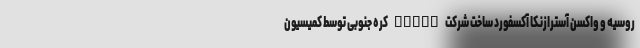
روسیه و واکسن آسترازنکا آکسفورد ساخت شرکت SKBio کره جنوبی توسط کمیسیون